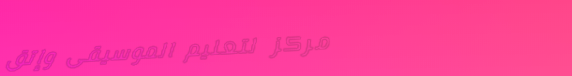
مركز لتعليم الموسيقى وإتق